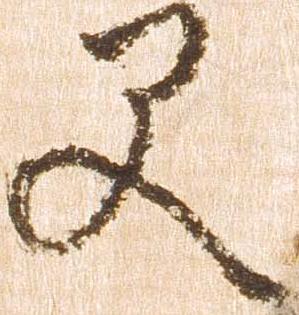
早